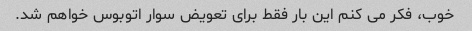
خوب، فکر می کنم این بار فقط برای تعویض سوار اتوبوس خواهم شد.